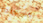
السعيدة